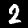
Label: 2